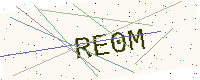
Text: RE0M